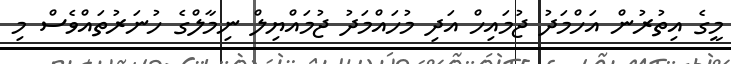
މީގެ އިތުރުން އަހްމަދު ޖުމައިހް އަދި މުހައްމަދު ޖުމައްޔިލް ނިމާލްގެ ހުނަރުތައްވެސް މި